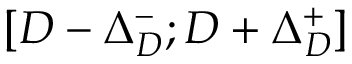
[ D - \Delta _ { D } ^ { - } ; D + \Delta _ { D } ^ { + } ]